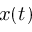
x ( t )